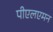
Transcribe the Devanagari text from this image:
पीएलएमन